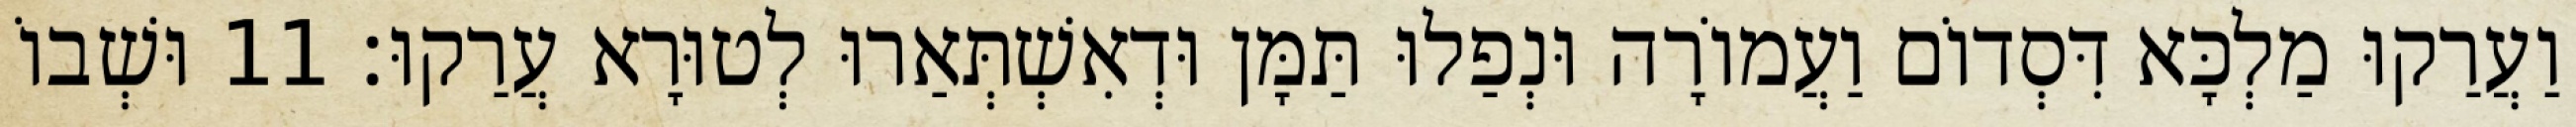
וַעֲרַקוּ מַלְכָּא דִּסְדוֹם וַעֲמוֹרָה וּנְפַלוּ תַּמָּן וּדְאִשְׁתְּאַרוּ לְטוּרָא עֲרַקוּ׃ 11 וּשְׁבוֹ